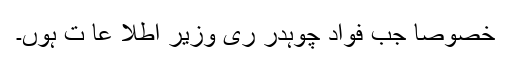
خصوصا جب فواد چوہدر ری وزیر اطلا عا ت ہوں۔